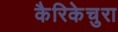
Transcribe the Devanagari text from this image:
कैरिकेचुरा